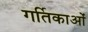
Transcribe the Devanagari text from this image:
गर्तिकाओं